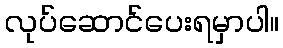
လုပ်ဆောင်ပေးရမှာပါ။